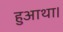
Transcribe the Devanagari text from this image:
हुआथा।